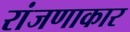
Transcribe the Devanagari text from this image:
रांजणाकार